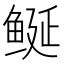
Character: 𱈁